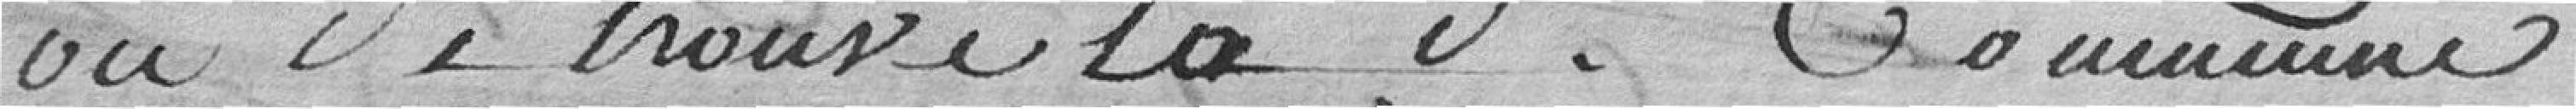
où se trouve ladite commune,